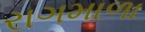
રાગમાળા